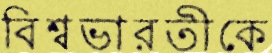
বিশ্বভারতীকে